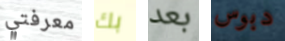
معرفتي بك بعد دبوس